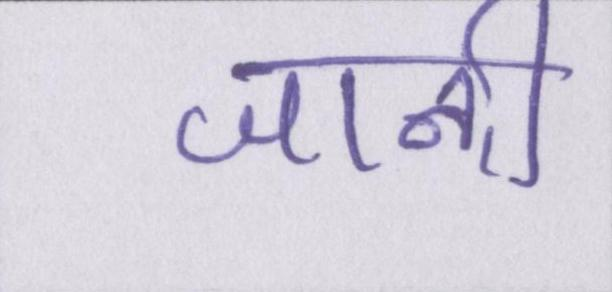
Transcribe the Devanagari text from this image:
जानी